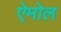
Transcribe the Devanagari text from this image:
ऐमोल